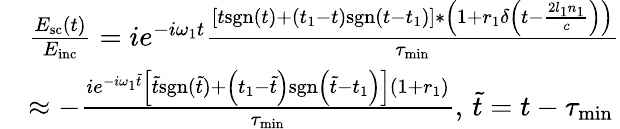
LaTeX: \begin{array}{rl}&{\frac{E_{\mathrm{sc}}(t)}{E_{\mathrm{inc}}}=ie^{-i\omega_{1}t}\frac{\left[t\mathrm{sgn}(t)+\left(t_{1}-t\right)\mathrm{sgn}\left(t-t_{1}\right)\right]*\left(1+r_{1}\delta\left(t-\frac{2l_{1}n_{1}}{c}\right)\right)}{\tau_{\mathrm{min}}}}\\ &{\approx-\frac{ie^{-i\omega_{1}\tilde{t}}\left[\tilde{t}\mathrm{sgn}(\tilde{t})+\left(t_{1}-\tilde{t}\right)\mathrm{sgn}\left(\tilde{t}-t_{1}\right)\right]\left(1+r_{1}\right)}{\tau_{\mathrm{min}}},\, \tilde{t}=t-\tau_{\mathrm{min}}}\end{array}